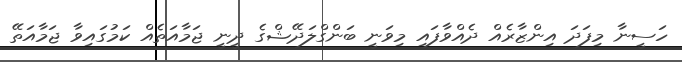
ހަސީނާ މިފަދަ އިންޒާރެއް ދެއްވާފައި މިވަނީ ބަންގްލަދޭޝްގެ ދީނީ ޖަމާއަތެއް ކަމުގައިވާ ޖަމާއަތޭ